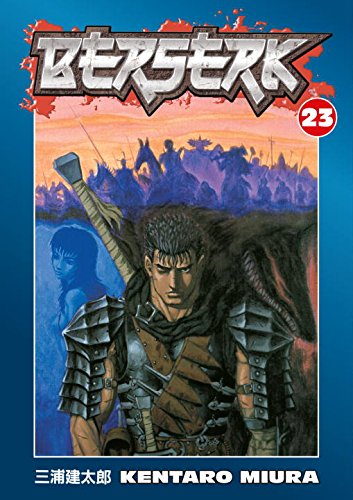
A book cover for Berserk, Vol. 23; Kentaro Miura; Comics & Graphic Novels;